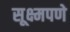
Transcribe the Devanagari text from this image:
सूक्ष्मपणे